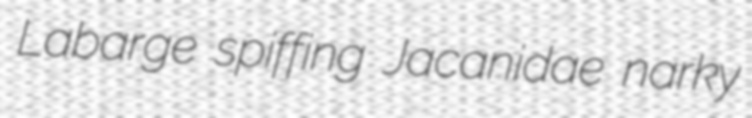
Labarge spiffing Jacanidae narky